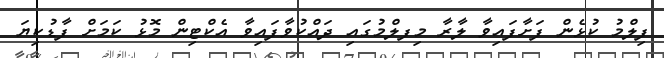
ފިލްމު ކުޅެން ފަށާފައިވާ ލާރާ މިފލްމުގައި ދައްކުވާފައިވާ އެކްޓިން މޮޅު ކަމަށް ފާޑުކިޔަ